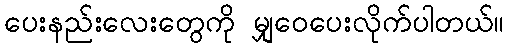
ပေးနည်းလေးတွေကို မျှဝေပေးလိုက်ပါတယ်။